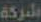
شركة